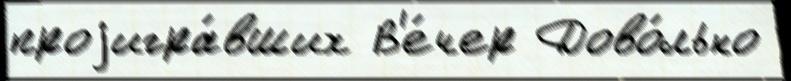
проjигра́вших В'е́чер Дово́льно